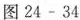
图24-34